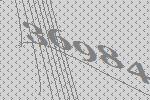
36984